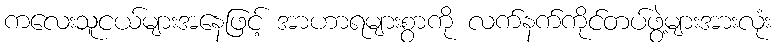
ကလေးသူငယ်များအနေဖြင့် အာဟာရများစွာကို လက်နက်ကိုင်တပ်ဖွဲ့များအားလုံး